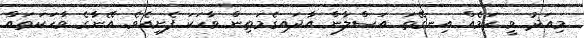
މިއަދު ވީ ކަމެއް އިނގޭތަ އަސްލާން އާދައިގެމަތިން ވާހަކަ ފެށިއެވެ. އޭނާގެ ވާހަކަތައް